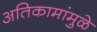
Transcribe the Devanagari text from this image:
अतिकामांमुळे